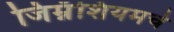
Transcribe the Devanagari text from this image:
जिम्नॅशियमचे